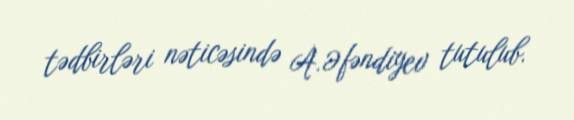
tədbirləri nəticəsində A.Əfəndiyev tutulub.